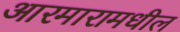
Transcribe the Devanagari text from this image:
आरमारामधील